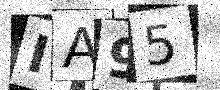
Text: IA95